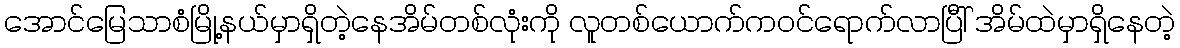
အောင်မြေသာစံမြို့နယ်မှာရှိတဲ့နေအိမ်တစ်လုံးကို လူတစ်ယောက်ကဝင်ရောက်လာပြီါ် အိမ်ထဲမှာရှိနေတဲ့